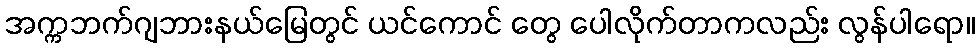
အက္ကဘက်ဂျဘားနယ်မြေတွင် ယင်ကောင် တွေ ပေါလိုက်တာကလည်း လွန်ပါရော။